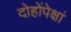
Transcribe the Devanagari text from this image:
दोहोंपेक्षां